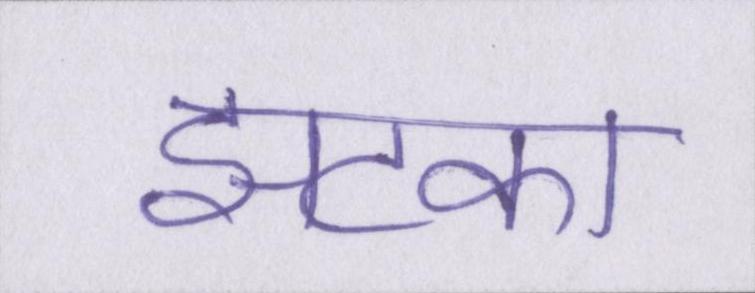
झटका